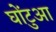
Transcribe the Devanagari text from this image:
घोंटुआ